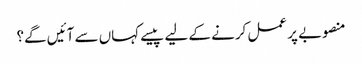
منصوبے پر عمل کرنے کے لیے پیسے کہاں سے آئیں گے؟